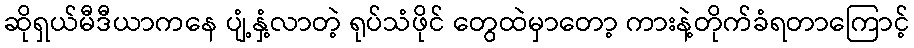
ဆိုရှယ်မီဒီယာကနေ ပျံ့နှံ့လာတဲ့ ရုပ်သံဖိုင် တွေထဲမှာတော့ ကားနဲ့တိုက်ခံရတာကြောင့်